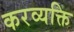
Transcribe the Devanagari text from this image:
करव्यक्ति